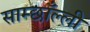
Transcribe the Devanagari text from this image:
साम्छाँल्ली